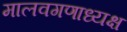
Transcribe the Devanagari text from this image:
मालवगणाध्यक्ष